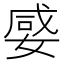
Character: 𡞣